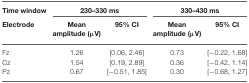
<table><thead><tr><td><b>Time window</b></td><td colspan="2"><b>230–330 ms</b></td><td colspan="2"><b>330–430 ms</b></td></tr><tr><td><b>Electrode</b></td><td><b>Mean amplitude (μV)</b></td><td><b>95% CI</b></td><td><b>Mean amplitude (μV)</b></td><td><b>95% CI</b></td></tr></thead><tbody><tr><td>Fz</td><td>1.26</td><td>[0.06, 2.46]</td><td>0.73</td><td>[−0.22, 1.68]</td></tr><tr><td>Cz</td><td>1.54</td><td>[0.19, 2.89]</td><td>0.36</td><td>[−0.42, 1.14]</td></tr><tr><td>Pz</td><td>0.67</td><td>[−0.51, 1.85]</td><td>0.30</td><td>[−0.68, 1.27]</td></tr></tbody></table>